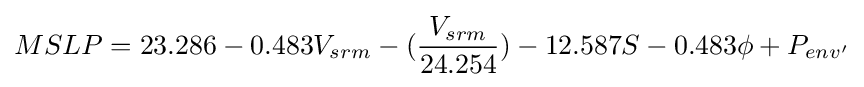
MSLP=23.286-0.483V_{srm}-({\frac {V_{srm}}{24.254}})-12.587S-0.483\phi +P_{env'}